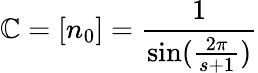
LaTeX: \mathbb{C}=[n_{0}]=\frac{{1}}{{\sin(\frac{{2\pi}}{{s+1}})}}